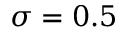
\sigma = 0 . 5